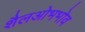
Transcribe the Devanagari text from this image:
शैलओभभोव